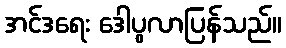
အင်ဒရေး ဒေါပွလာပြန်သည်။